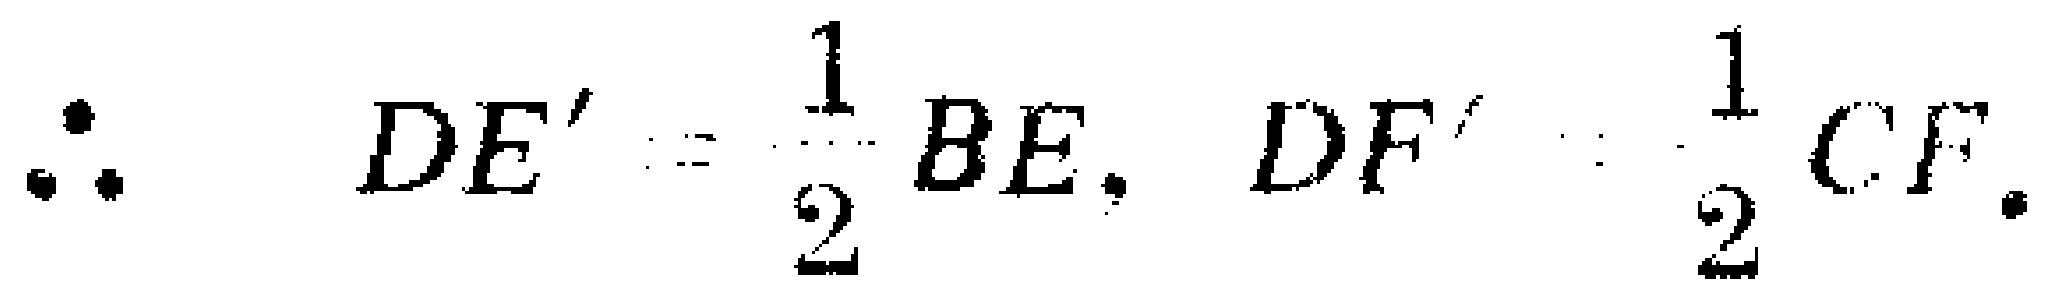
\(\therefore DE'=\frac{1}{2}BE,\ DF'=\frac{1}{2}CF.\)